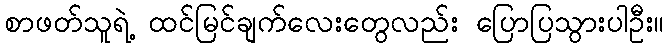
စာဖတ်သူရဲ့ ထင်မြင်ချက်လေးတွေလည်း ပြောပြသွားပါဦး။